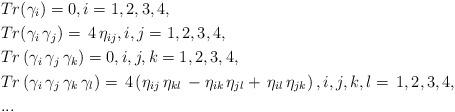
LaTeX: \begin{align*} & Tr (\gamma_i)=0,i=1,2,3,4,\\ & Tr (\gamma_i\,\gamma_j)=\,4 \,\eta_{ij},i,j=1,2,3,4,\\ & Tr \left(\gamma_i\,\gamma_j\,\gamma_k\right)=0,i,j,k=1,2,3,4,\\ & Tr \left(\gamma_i\,\gamma_j\,\gamma_k\,\gamma_l\right)=\,4\left(\eta_{ij}\,\eta_{kl}\,-\eta_{ik}\,\eta_{jl}+\,\eta_{il}\,\eta_{jk}\right),i,j,k,l=\,1,2,3,4,\\ & ... \end{align*}